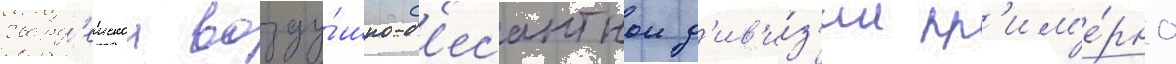
гвард'еискои возду́шно-д'есантнои д'ив'и́з'ии пр'им'е́рно